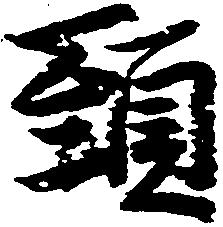
頸